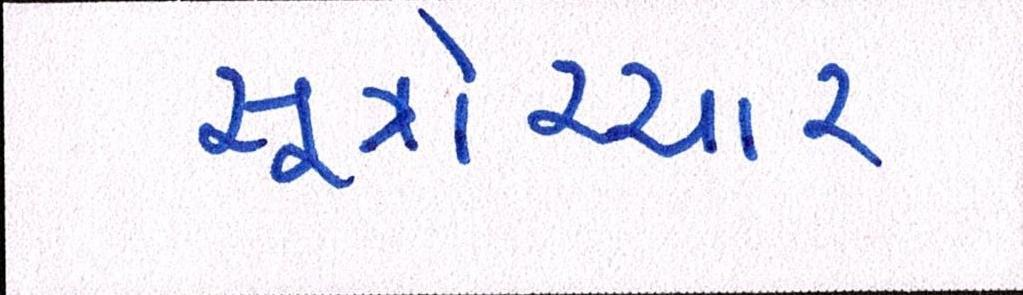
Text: સૂત્રોચ્ચાર